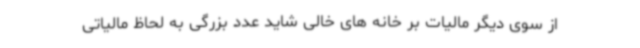
از سوی دیگر مالیات بر خانه های خالی شاید عدد بزرگی به لحاظ مالیاتی